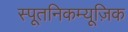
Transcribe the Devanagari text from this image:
स्पूतनिकम्यूज़िक